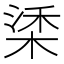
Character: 𣓮